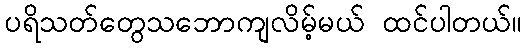
ပရိသတ်တွေသဘောကျလိမ့်မယ် ထင်ပါတယ်။